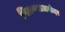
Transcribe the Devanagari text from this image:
मिळण्याअगोदर